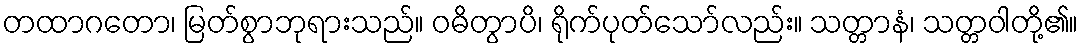
တထာဂတော၊ မြတ်စွာဘုရားသည်။ ဝဓိတွာပိ၊ ရိုက်ပုတ်သော်လည်း။ သတ္တာနံ၊ သတ္တဝါတို့၏။